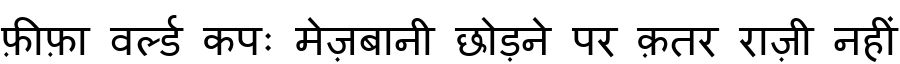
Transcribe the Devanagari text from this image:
फ़ीफ़ा वर्ल्ड कपः मेज़बानी छोड़ने पर क़तर राज़ी नहीं